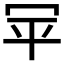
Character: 𰃯